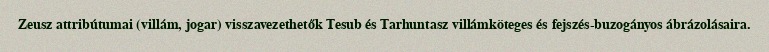
Zeusz attribútumai (villám, jogar) visszavezethetők Tesub és Tarhuntasz villámköteges és fejszés-buzogányos ábrázolásaira.